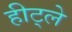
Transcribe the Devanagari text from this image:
हीट्ले